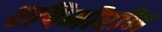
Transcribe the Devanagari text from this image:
एपिमीराँन